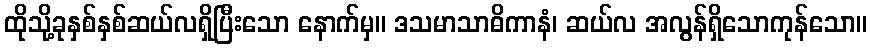
ထိုသို့ခုနှစ်နှစ်ဆယ်လရှိပြီးသော နောက်မှ။ ဒသမာသာဓိကာနံ၊ ဆယ်လ အလွန်ရှိသောကုန်သော။